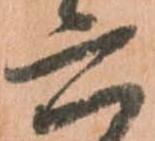
六